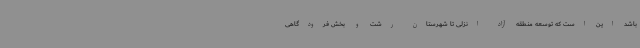
باشد این است که توسعه منطقه آزاد انزلی تا شهرستان رشت و بخش فرودگاهی